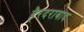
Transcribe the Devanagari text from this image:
हैरदराबाद